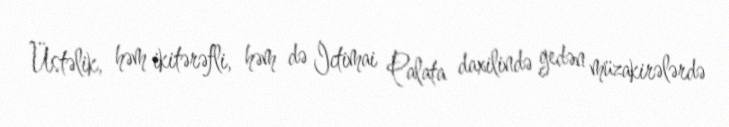
Üstəlik, həm ikitərəfli, həm də İctimai Palata daxilində gedən müzakirələrdə